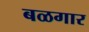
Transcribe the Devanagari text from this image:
बळगार